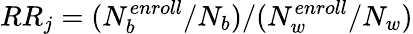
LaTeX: RR_{j}=(N_{b}^{enroll}/N_{b})/(N_{w}^{enroll}/N_{w})